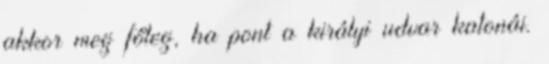
akkor meg főleg, ha pont a királyi udvar katonái.